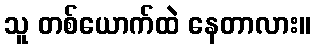
သူ တစ်ယောက်ထဲ နေတာလား။